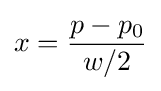
x={\frac {p-p_{0}}{w/2}}